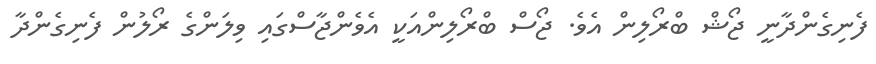
ފެނިގެންދާނީ ޖޯޝް ބްރޯލިން އެވެ. ޖޯސް ބްރޯލިންއަކީ އެވެންޖާސްގައި ވިލަންގެ ރޯލުން ފެނިގެންދާ